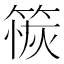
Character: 䈐